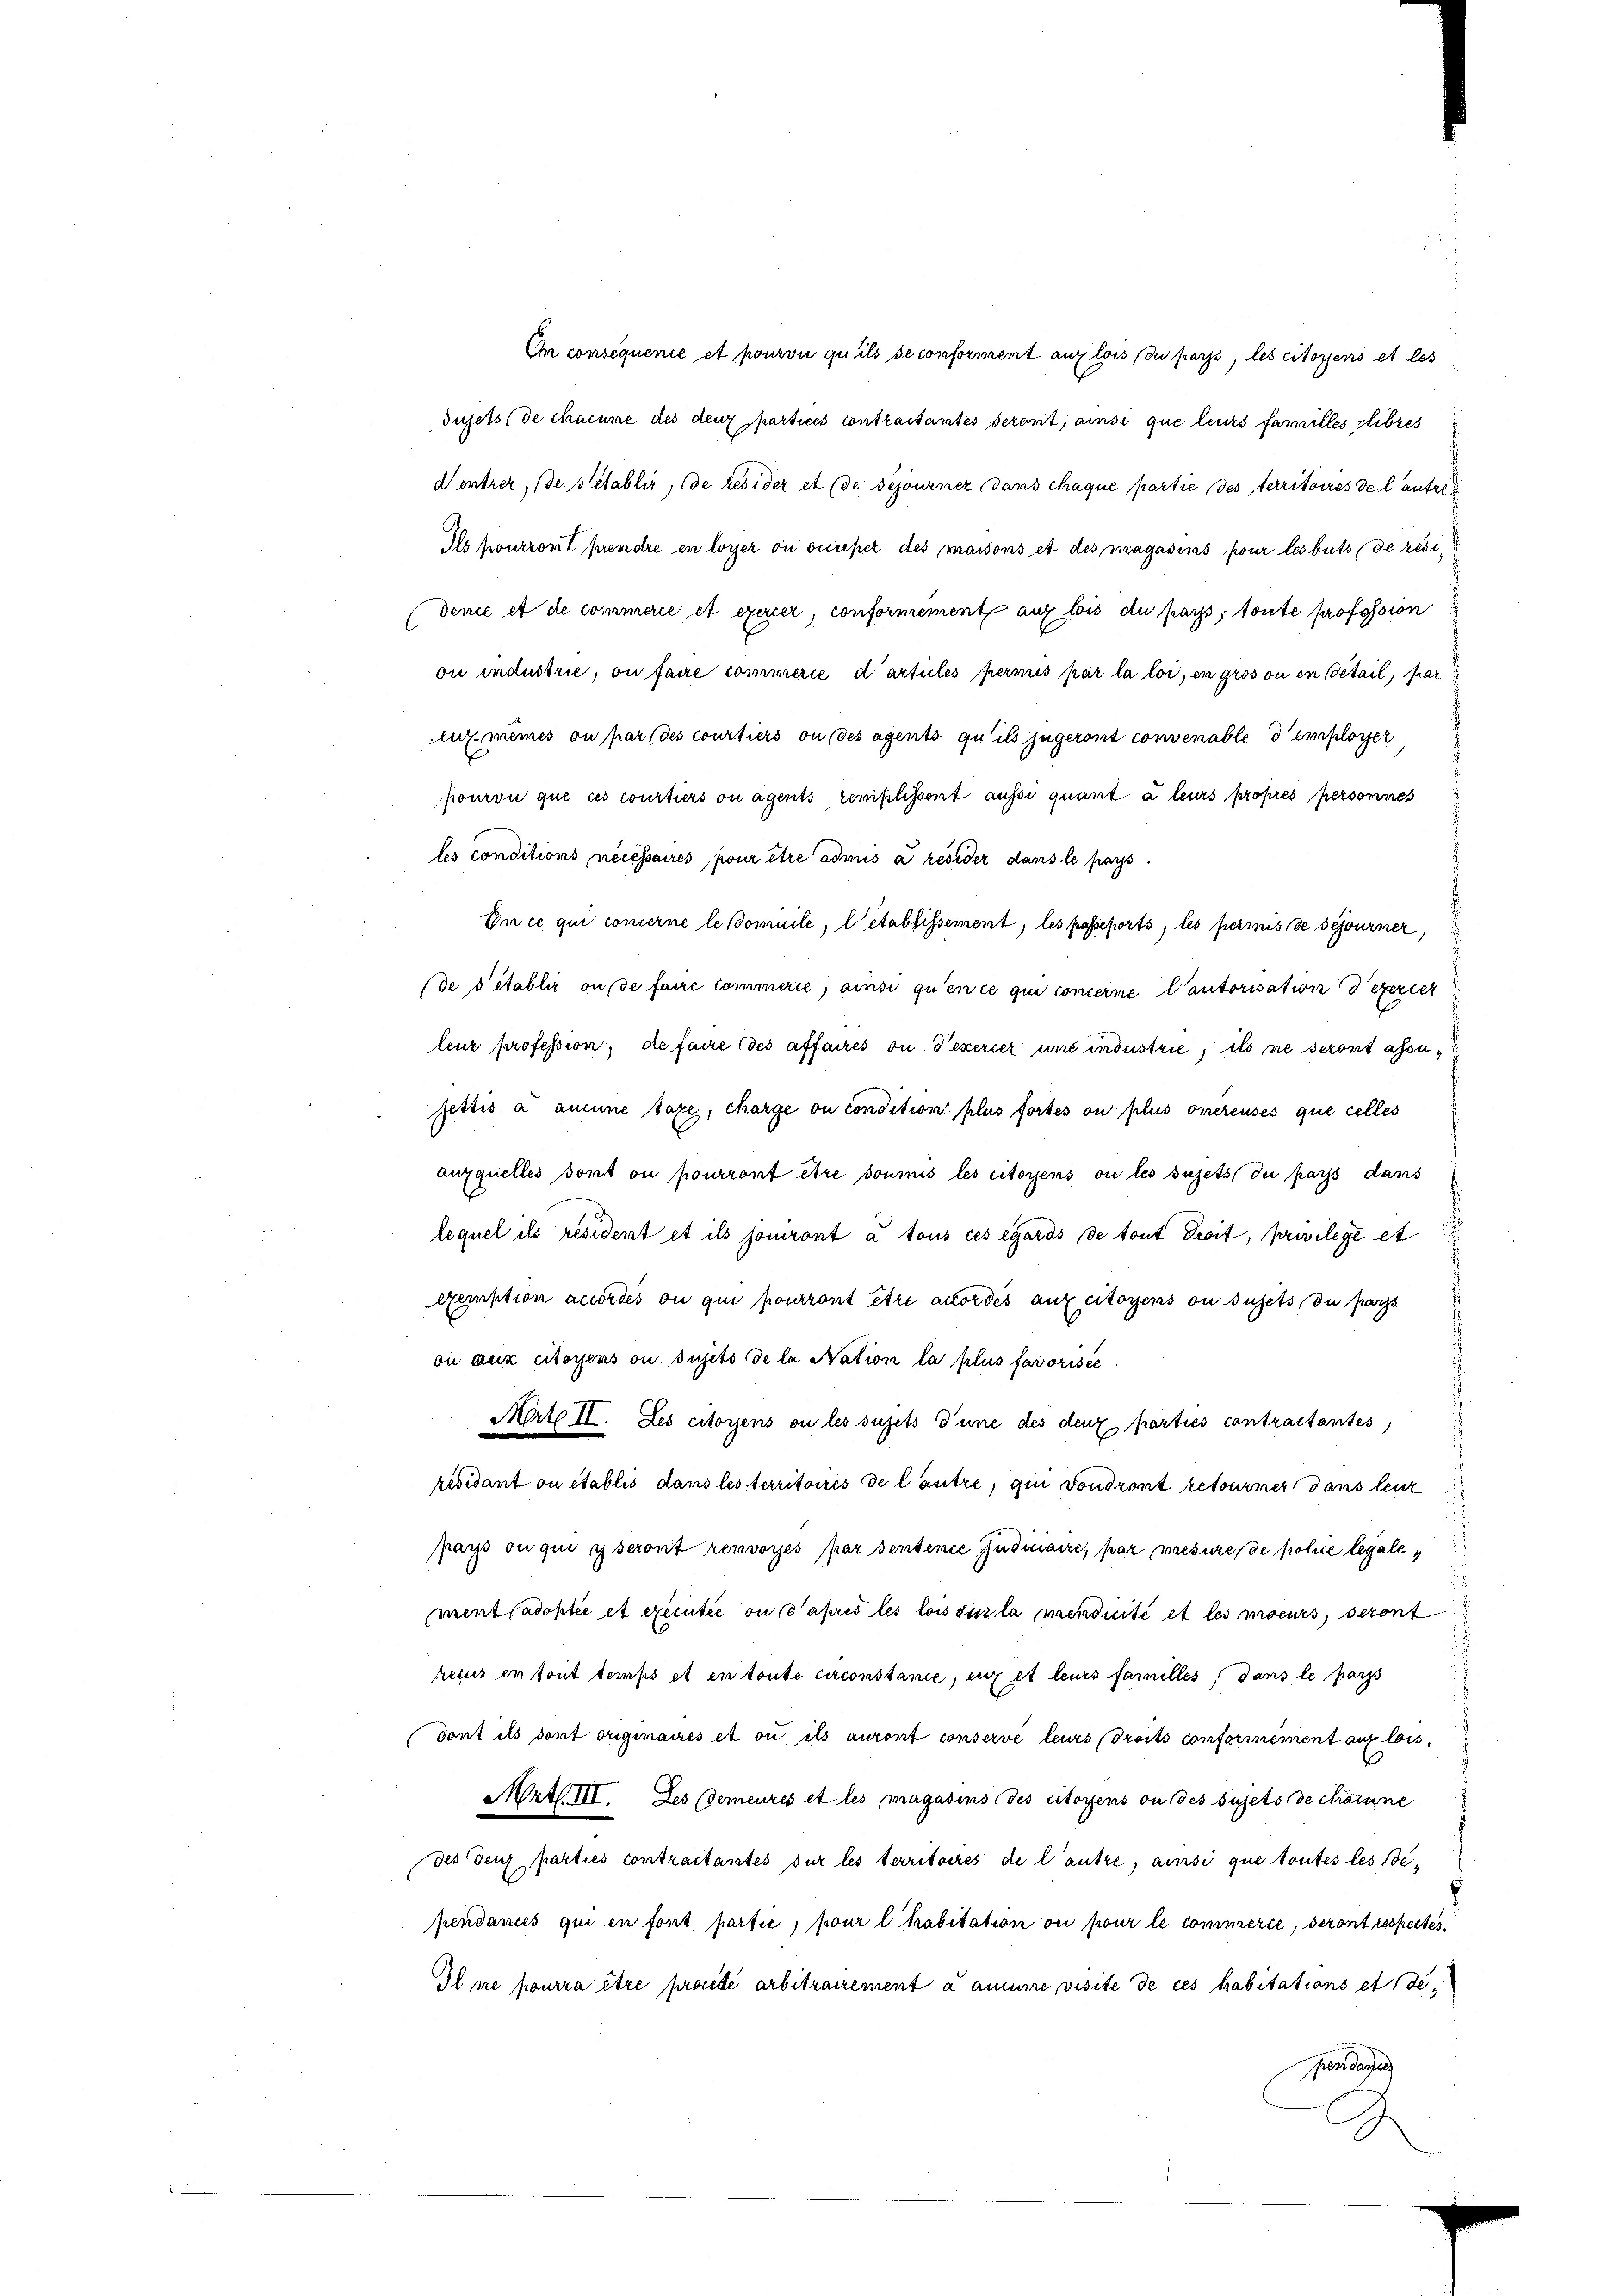
On consequenie et pourvu qu’ils se conforment auf lois du pass, les citoyens et les
dujets de chacune des deux partices contraitantes seront, ainsi que leurs familles libres
d’entrer, (de stetablir, de resider et (de sejourner dans chaque partie des territoires de lantre¬
Ils pourront prendre en loyer vu ouieper des maisons et des magasins pour lesbuts de residence et de commerie et exercer, conformement auf lois du pars; toute profession
ou industrie, ou faire commerie darticles permis par la loi, in gros ou en étail, par
lux-mêmes ou par (des courtiers ou des agents qu’ils jugeront convenable d employer
pourvu que es courtiers ou agents remplissent aussi quant à leurs propres personnes
les conditions necessaires, pour être admis a reseder dans le pars
En ce qui concerne le domuile, l’établissement, les passeports, les permis de séjourner,
de s’établir ouse faire commerce, ainsi qu’en ce qui concerne Cantorisation deperier
leur profession, de faire des affaires ou d’exercer uns industrie, ils ne seront assufettis a aucune taxe, charge ou condition plus fortes ou plus onereuses que celles
aufquelles dont ou pourront être soumis les citoyens ou les sujets du pass dans
lequel ils revident et ils jouront à tous ces égards de tout Droit, privilege et
exemption accordes ou qui pourront être accordes aux citoyens ou sujets du par
on aux citoyens ou sujets de la Nation la plus favorisce
Merte II. Les citoyens ou les sujets d’une des deux parties contractantes,
résidant ou établis dans les territoires de lautre, qui von dront retourner dans leur
pars ou qui y seront renvoyés par sentene Indianc par mesure de police legalement adoptée et executée ou apris les lois sur la mendnité et les moeurs, seront
Retus en tout temps et en toute circonstanie, si et leurs familles, dans le pars
dort ils dort originaires et ou ils auront conserve leurs droits conformement aux lois,
Art III. Des demeures et les magasins des citoyens ou des sujets de chacune
des deux parties contractantes sur les territoires de l’autre, ainsi que toutes les Bependanus qui en font partie, pour l habitation ou pour le commerte, seront respectes
Il ne pourra être proide arbitrauement à aucune visite de ces habitations et de
pendantel
J